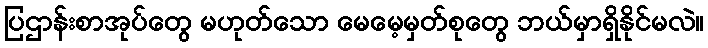
ပြဌာန်းစာအုပ်တွေ မဟုတ်သော မေမေ့မှတ်စုတွေ ဘယ်မှာရှိနိုင်မလဲ။